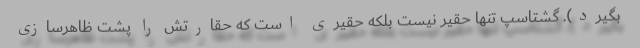
بگیرد). گشتاسپ تنها حقیر نیست بلکه حقیری است که حقارتش را پشت ظاهرسازی